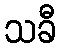
သခီ